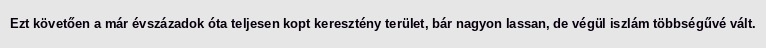
Ezt követően a már évszázadok óta teljesen kopt keresztény terület, bár nagyon lassan, de végül iszlám többségűvé vált.